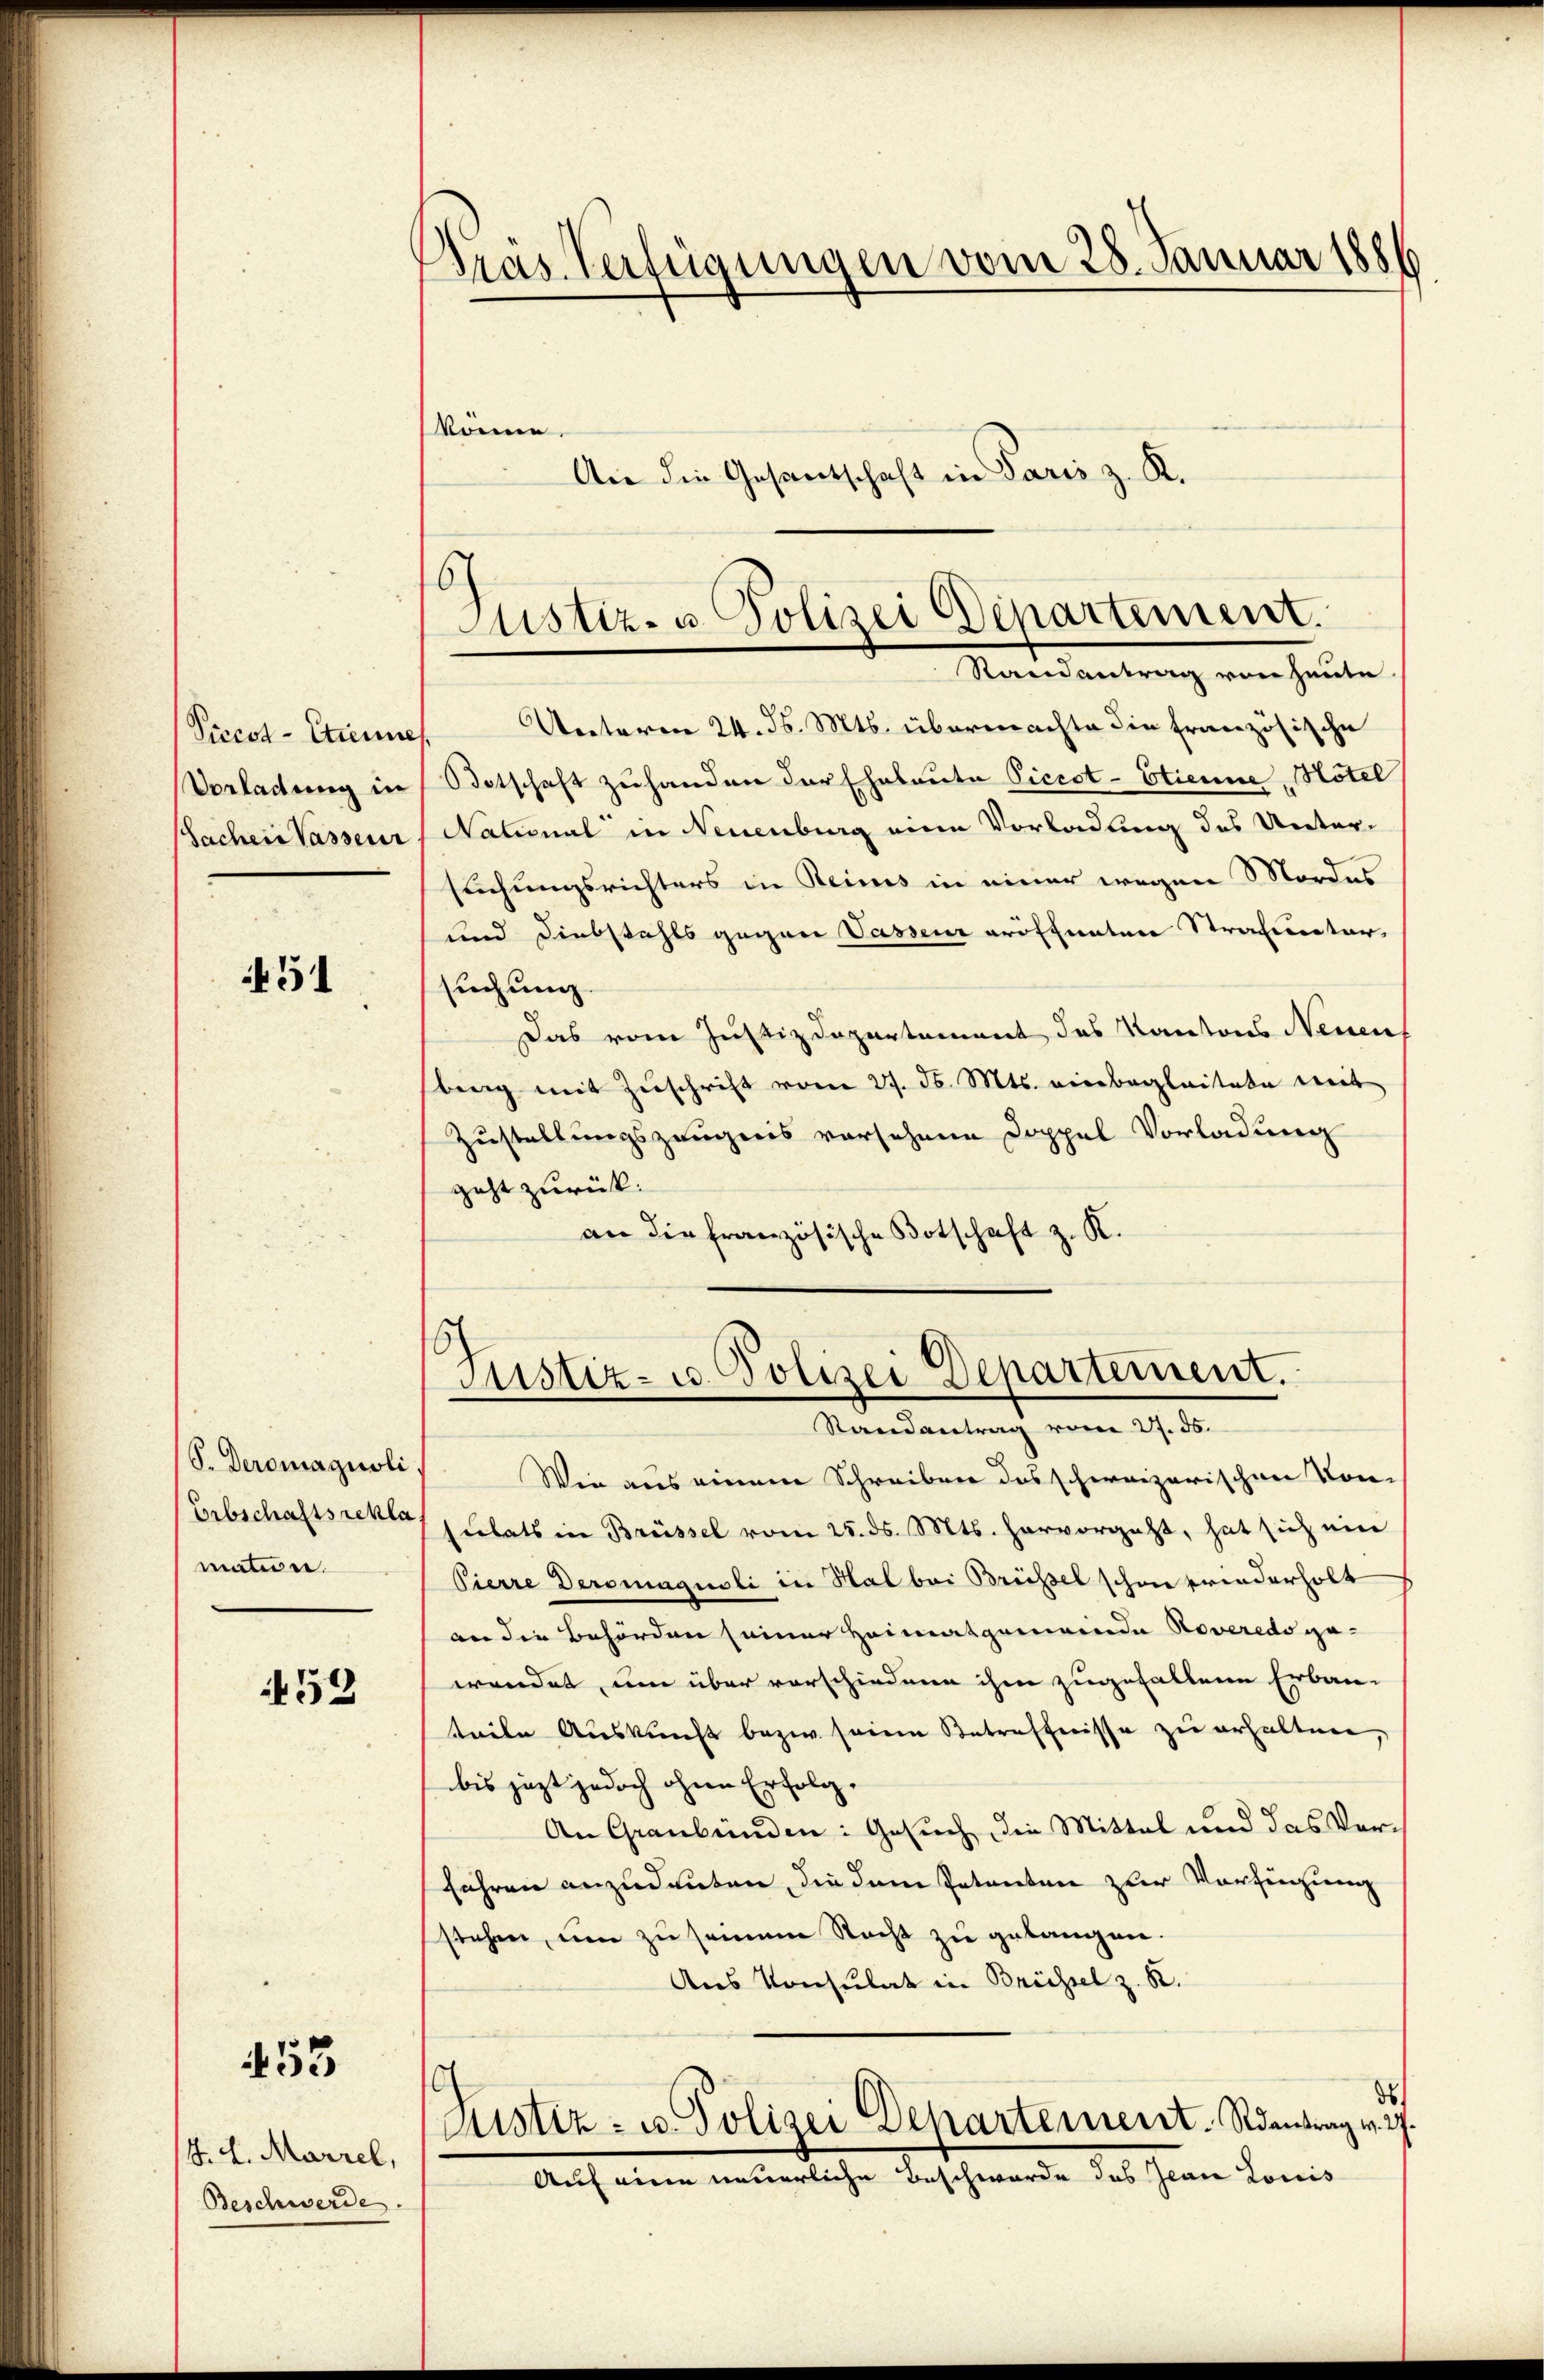
Piccot-Etienne
Vorladung in
Sacher Vasseur

451

S. Deromagnoli
Erbschaftsrekla
matione.

59

53

H. H. Marzel,
Beschwerde.

Gras Verfügungen vom 28. Januar 1886

Unterm 24. d. Mts. übermachte die Französische
Botschaft zu handen der Eheleute Piccot-Etienne, Hotel
National in Neuenburg eine Vorladung des Unter-
suchungsrichters in Reines in einer wegen Mordes
und Diebstahls gegen Vassen eröffenten Strafuntar,
suchung.
Das vom Justizdepartement des Kantons Neuens
berg mit Zuschrift vom 27. d. Mts. einbegleitete mit
Zustellungszeugnis vorsehene Doppel Vorladung
geht zurück.
an die französische Botschaft z. K.

könne.

An die Gesantschaft in Paris z. R.

16
Justiz- u. Polizei Departement.
Randantrag von heute

Justiz- u. Polizei Departement.
Randantrag vom 27. 55.

Wie aus einem Schreiben das schweizerischen Kon-
sulats in Brüssel vom 25. ds. Mts. hervorgeht, hat sich ein
Pierre Deromagnoli in Hal bei Brüssel schon friederholt
an die Behörden seiner Heimatgemeinde Noveredo gewendet, um über vorschiedene ihm zugefallene Erbau-
teile Auskunft bezw. seine Betreffnisse zu erhalten,
bis jezt jedoch ohne Erfolg.
An Graubünden: Gesuch, die Mittel und das Verfahren anzudeuten, die dem Petenten zur Vorfingung
stehen, um zu seinem Nacht zu gelangen.
Aus Konsulat in Brüssel z. B.
ds
Sistiz- u. Polizei Departement. Rantrag v. 27.
Auf eine neuerliche Beschwerde das Jean Louis